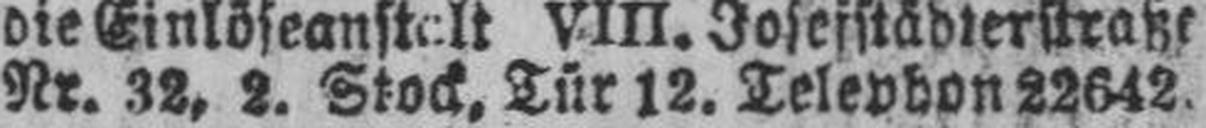
Nr. 32, 2. Stock, Tür 12. Telephon 22642